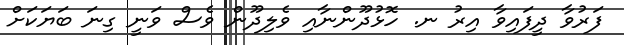
ފަރުވާ ދީފައިވާ އިރު ނ. ހޮޅުދޫންނާއި ވެލިދޫން ވެސް ވަނީ ގިނަ ބަޔަކަށް